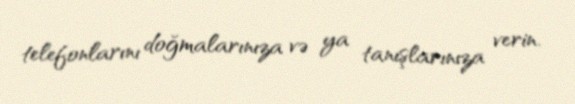
telefonlarını doğmalarınıza və ya tanışlarınıza verin.